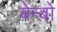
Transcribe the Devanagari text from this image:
बेन्बो